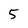
Character: 5